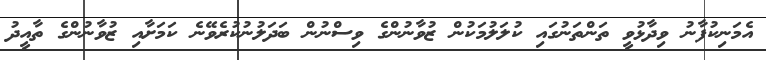
އެމަނިކުފާނު ވިދާޅުވީ ތަންތަނުގައި ކުލަލުމަކުން ޒުވާނުންގެ ވިސްނުން ބަދަލުނުކުރެވޭނެ ކަމަށާއި ޒުވާނުންގެ ތާއީދު